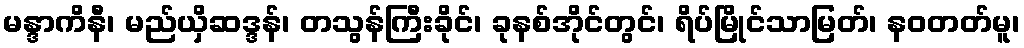
မန္ဒာကိနီ၊ မည်ယှိဆဒ္ဒန်၊ တသွန်ကြီးခိုင်၊ ခုနစ်အိုင်တွင်၊ ရိပ်မြိုင်သာမြတ်၊ နဝတတ်မူ၊